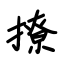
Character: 撩